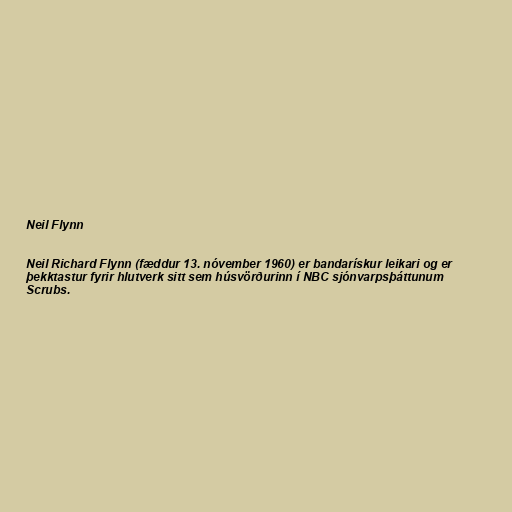
Neil Flynn

Neil Richard Flynn (fæddur 13. nóvember 1960) er bandarískur leikari og er
þekktastur fyrir hlutverk sitt sem húsvörðurinn í NBC sjónvarpsþáttunum
Scrubs.